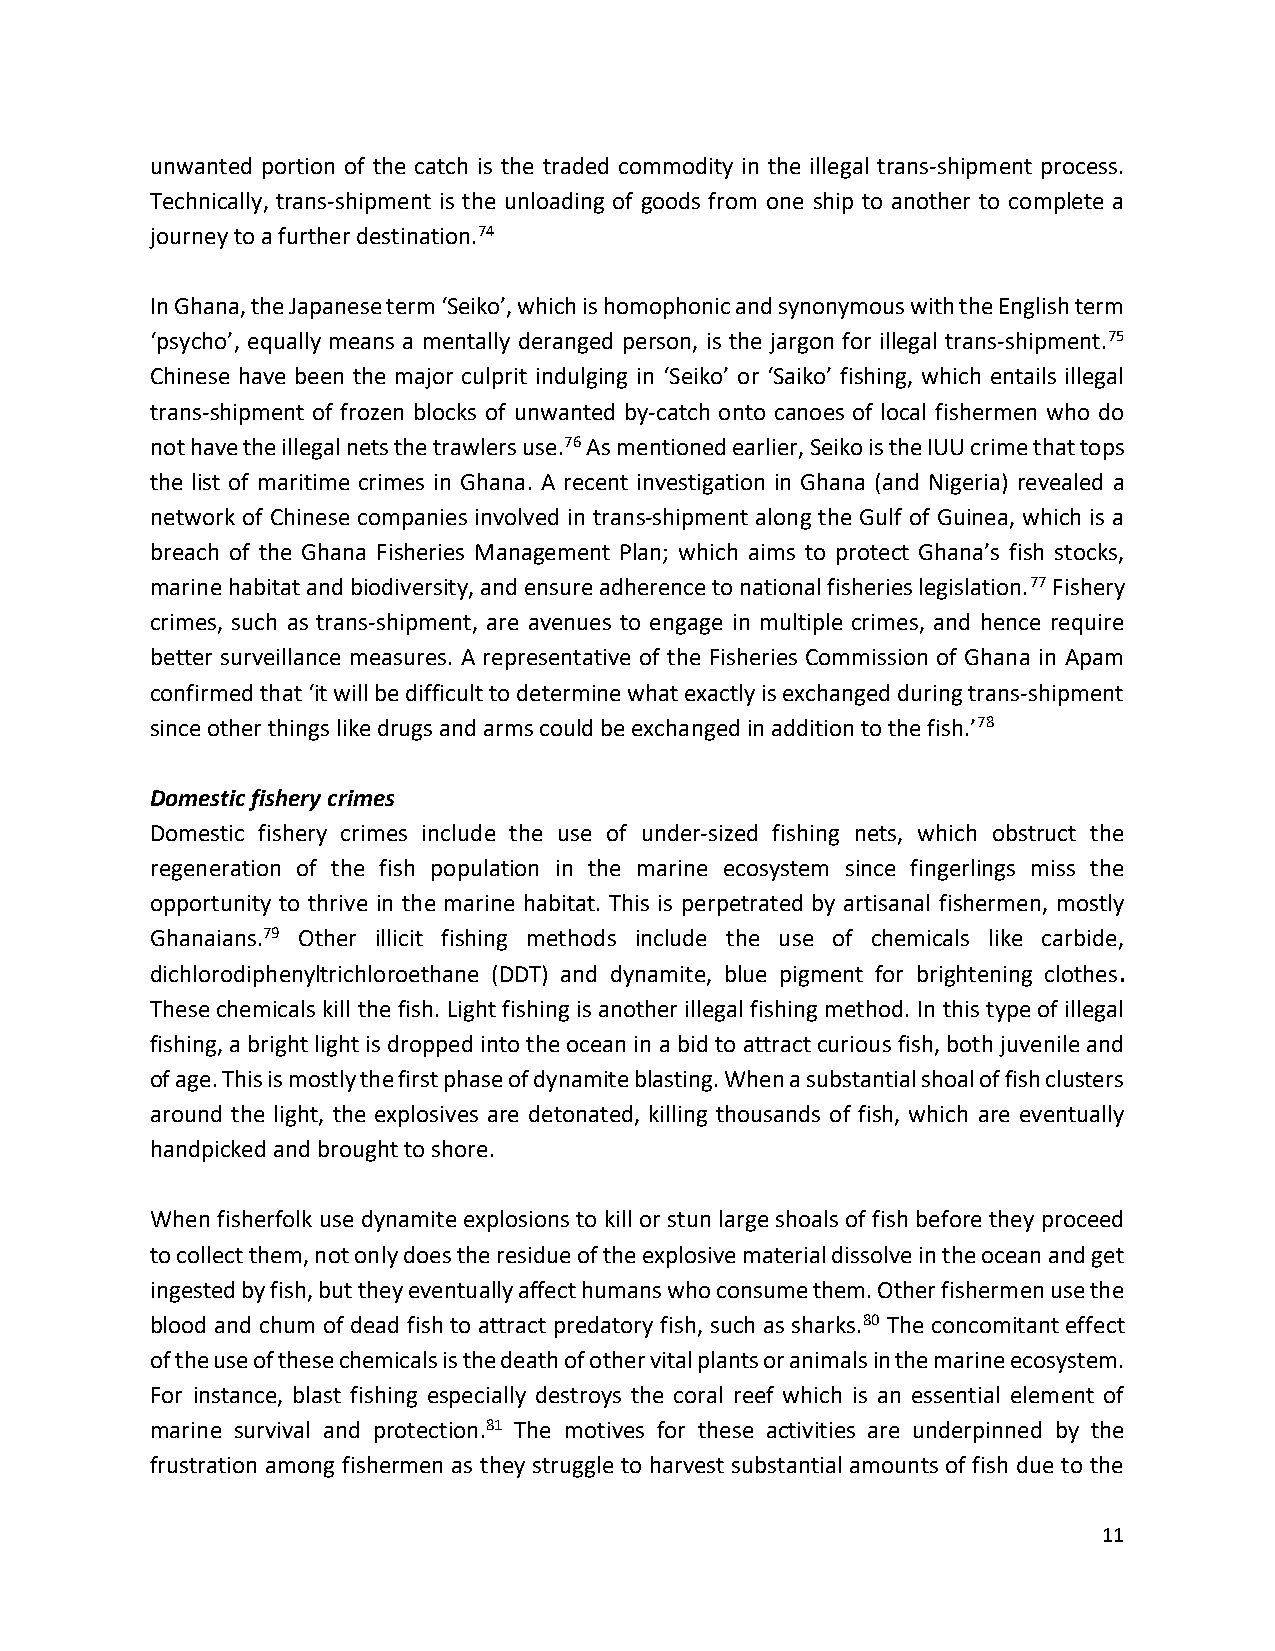
unwanted portion of the catch is the traded commodity in the illegal trans-shipment process.
 Technically, trans-shipment is the unloading of goods from one ship to another to complete a
 journey to a further destination.74
 In Ghana, the Japanese term ‘Seiko’, which is homophonic and synonymous with the English term
 ‘psycho’, equally means a mentally deranged person, is the jargon for illegal trans-shipment.75
 Chinese have been the major culprit indulging in ‘Seiko’ or ‘Saiko’ fishing, which entails illegal
 trans-shipment of frozen blocks of unwanted by-catch onto canoes of local fishermen who do
 not have the illegal nets the trawlers use.76 As mentioned earlier, Seiko is the IUU crime that tops
 the list of maritime crimes in Ghana. A recent investigation in Ghana (and Nigeria) revealed a
 network of Chinese companies involved in trans-shipment along the Gulf of Guinea, which is a
 breach of the Ghana Fisheries Management Plan; which aims to protect Ghana’s fish stocks,
 marine habitat and biodiversity, and ensure adherence to national fisheries legislation.77 Fishery
 crimes, such as trans-shipment, are avenues to engage in multiple crimes, and hence require
 better surveillance measures. A representative of the Fisheries Commission of Ghana in Apam
 confirmed that ‘it will be difficult to determine what exactly is exchanged during trans-shipment
 since other things like drugs and arms could be exchanged in addition to the fish.’78
 Domestic fishery crimes
 Domestic fishery crimes include the use of under-sized fishing nets, which obstruct the
 regeneration of the fish population in the marine ecosystem since fingerlings miss the
 opportunity to thrive in the marine habitat. This is perpetrated by artisanal fishermen, mostly
 Ghanaians.79 Other illicit fishing methods include the use of chemicals like carbide,
 dichlorodiphenyltrichloroethane (DDT) and dynamite, blue pigment for brightening clothes.
 These chemicals kill the fish. Light fishing is another illegal fishing method. In this type of illegal
 fishing, a bright light is dropped into the ocean in a bid to attract curious fish, both juvenile and
 of age. This is mostly the first phase of dynamite blasting. When a substantial shoal of fish clusters
 around the light, the explosives are detonated, killing thousands of fish, which are eventually
 handpicked and brought to shore.
 When fisherfolk use dynamite explosions to kill or stun large shoals of fish before they proceed
 to collect them, not only does the residue of the explosive material dissolve in the ocean and get
 ingested by fish, but they eventually affect humans who consume them. Other fishermen use the
 blood and chum of dead fish to attract predatory fish, such as sharks.80 The concomitant effect
 of the use of these chemicals is the death of other vital plants or animals in the marine ecosystem.
 For instance, blast fishing especially destroys the coral reef which is an essential element of
 marine survival and protection.81 The motives for these activities are underpinned by the
 frustration among fishermen as they struggle to harvest substantial amounts of fish due to the
 11